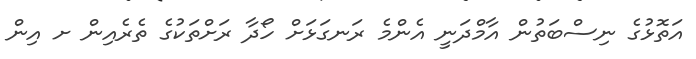
އަތޮޅުގެ ނިސްބަތުން އާމްދަނީ އެންމެ ރަނގަޅަށް ހޯދާ ރަށްތަކުގެ ތެރެއިން ށ އިން